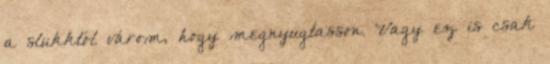
a slukktól várom, hogy megnyugtasson. Vagy ez is csak